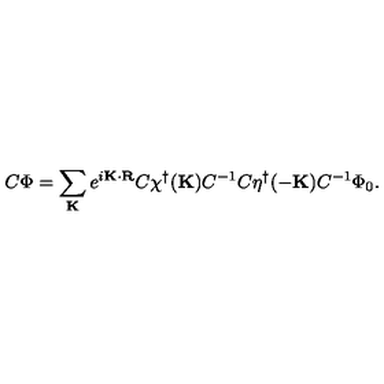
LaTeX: C \Phi = \sum _ { \bf K } e ^ { i { \bf K \cdot R } } C \chi ^ { \dagger } ( { \bf K } ) C ^ { - 1 } C \eta ^ { \dagger } ( { \bf - K } ) C ^ { - 1 } \Phi _ { 0 } .